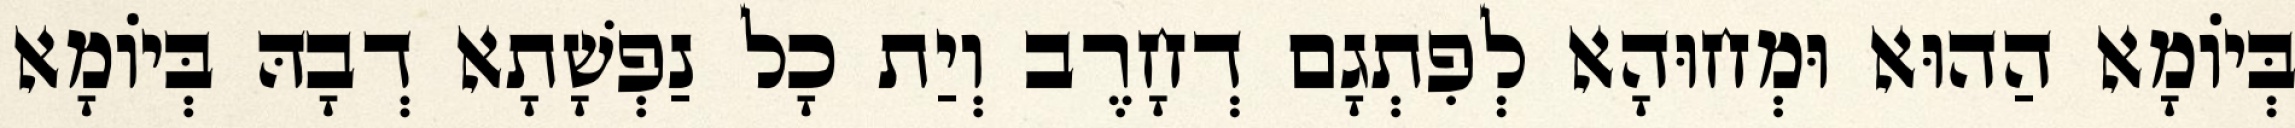
בְּיוֹמָא הַהוּא וּמְחוּהָא לְפִתְגָם דְחָרֶב וְיַת כָל נַפְשָׁתָא דְבָהּ בְּיוֹמָא